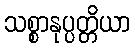
သစ္စာနုပ္ပတ္တိယာ